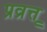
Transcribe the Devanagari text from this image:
प्रव्रूत्त